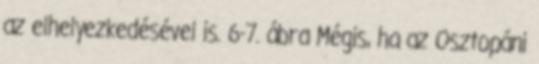
az elhelyezkedésével is. 6-7. ábra Mégis, ha az Osztopáni